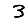
Digit: 3